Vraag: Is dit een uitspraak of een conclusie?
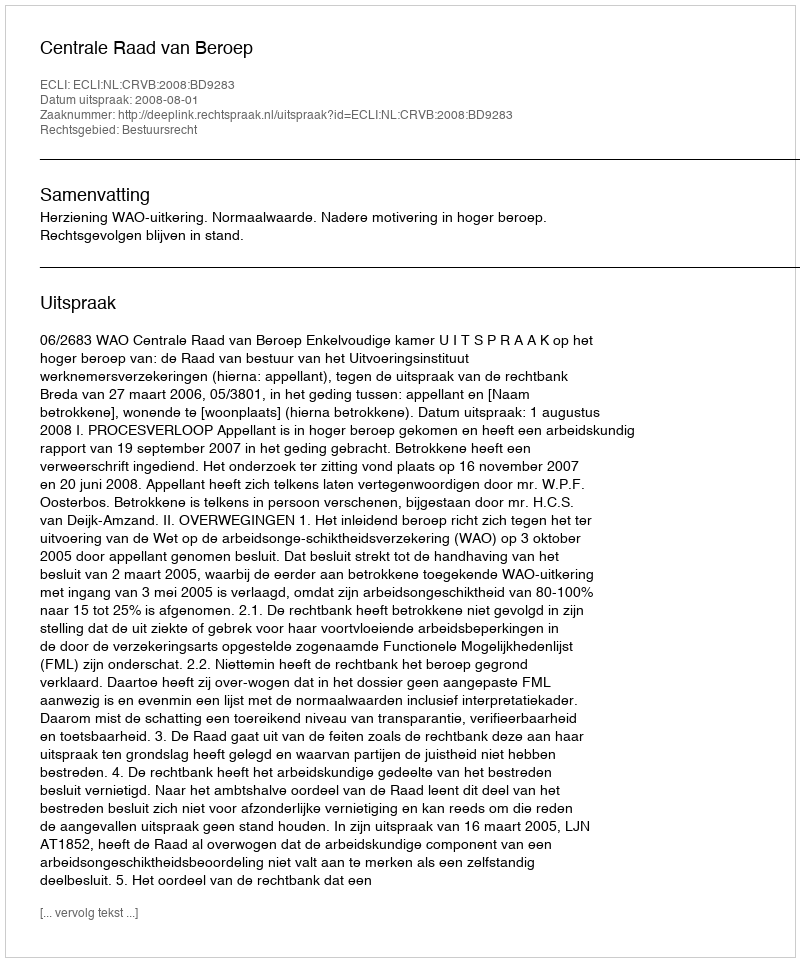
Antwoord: Uitspraak